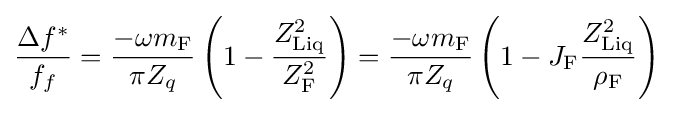
{\frac {\Delta f^{*}}{f_{f}}}={\frac {-\omega m_{\mathrm {F} }}{\pi Z_{q}}}\left(1-{\frac {Z_{\mathrm {Liq} }^{2}}{Z_{\mathrm {F} }^{2}}}\right)={\frac {-\omega m_{\mathrm {F} }}{\pi Z_{q}}}\left(1-J_{\mathrm {F} }{\frac {Z_{\mathrm {Liq} }^{2}}{\rho _{\mathrm {F} }}}\right)